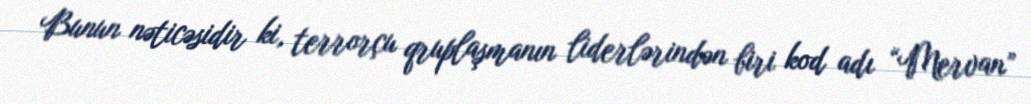
Bunun nəticəsidir ki, terrorçu qruplaşmanın liderlərindən biri kod adı “Mervan”